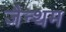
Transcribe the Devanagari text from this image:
जैन्थम